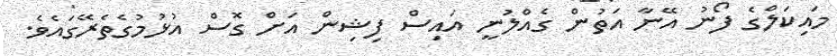
މައިކަލްގެ ފޯނު އޭނާ އަތުން ގެއްލުނީ އައިސް ފިޝިން އަށް ގޮސް އުޅުމުގެތެރޭގައެވެ.